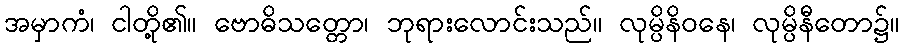
အမှာကံ၊ ငါတို့၏။ ဗောဓိသတ္တော၊ ဘုရားလောင်းသည်။ လုမ္ပိနိဝနေ၊ လုမ္ပိနီတော၌။